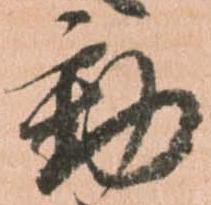
動